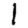
Digit: 1